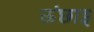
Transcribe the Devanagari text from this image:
ऊंछाइ